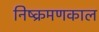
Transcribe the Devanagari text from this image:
निष्क्रमणकाल